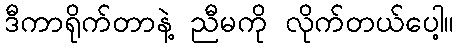
ဒီကာရိုက်တာနဲ့ ညီမကို လိုက်တယ်ပေါ့။